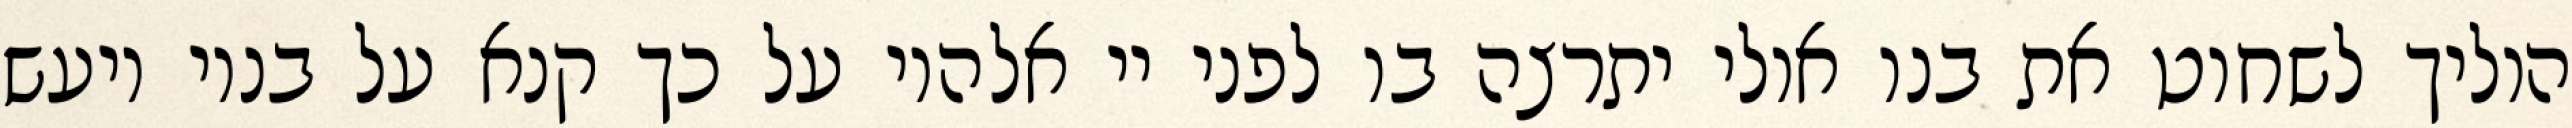
הוליך לשחוט את בנו אולי יתרצה בו לפני יי אלהיו על כך קנא על בניו ויעש